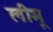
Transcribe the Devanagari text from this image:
लीमू